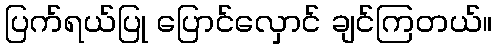
ပြက်ရယ်ပြု ပြောင်လှောင် ချင်ကြတယ်။